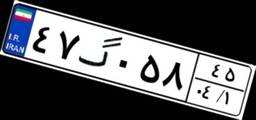
۴۷گ۰۵۸۴۵